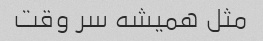
مثل همیشه سر وقت